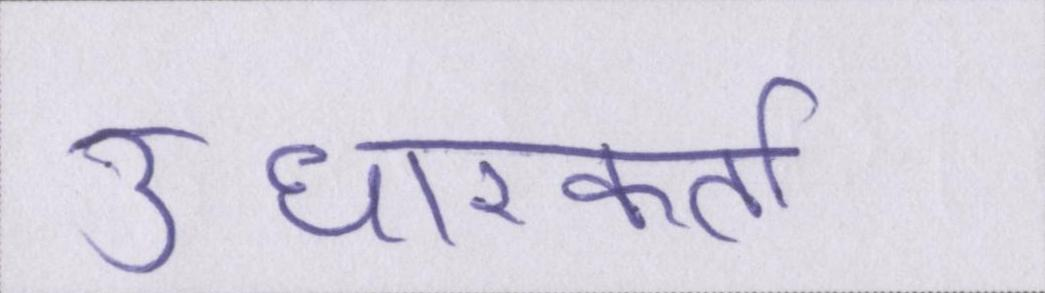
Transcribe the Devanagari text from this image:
उधारकर्ता